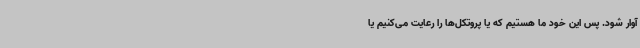
آوار شود. پس این خود ما هستیم که یا پروتکل‌ها را رعایت می‌کنیم یا